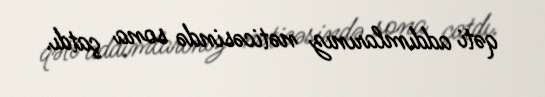
qəti addımlarınız nəticəsində sona çatdı.